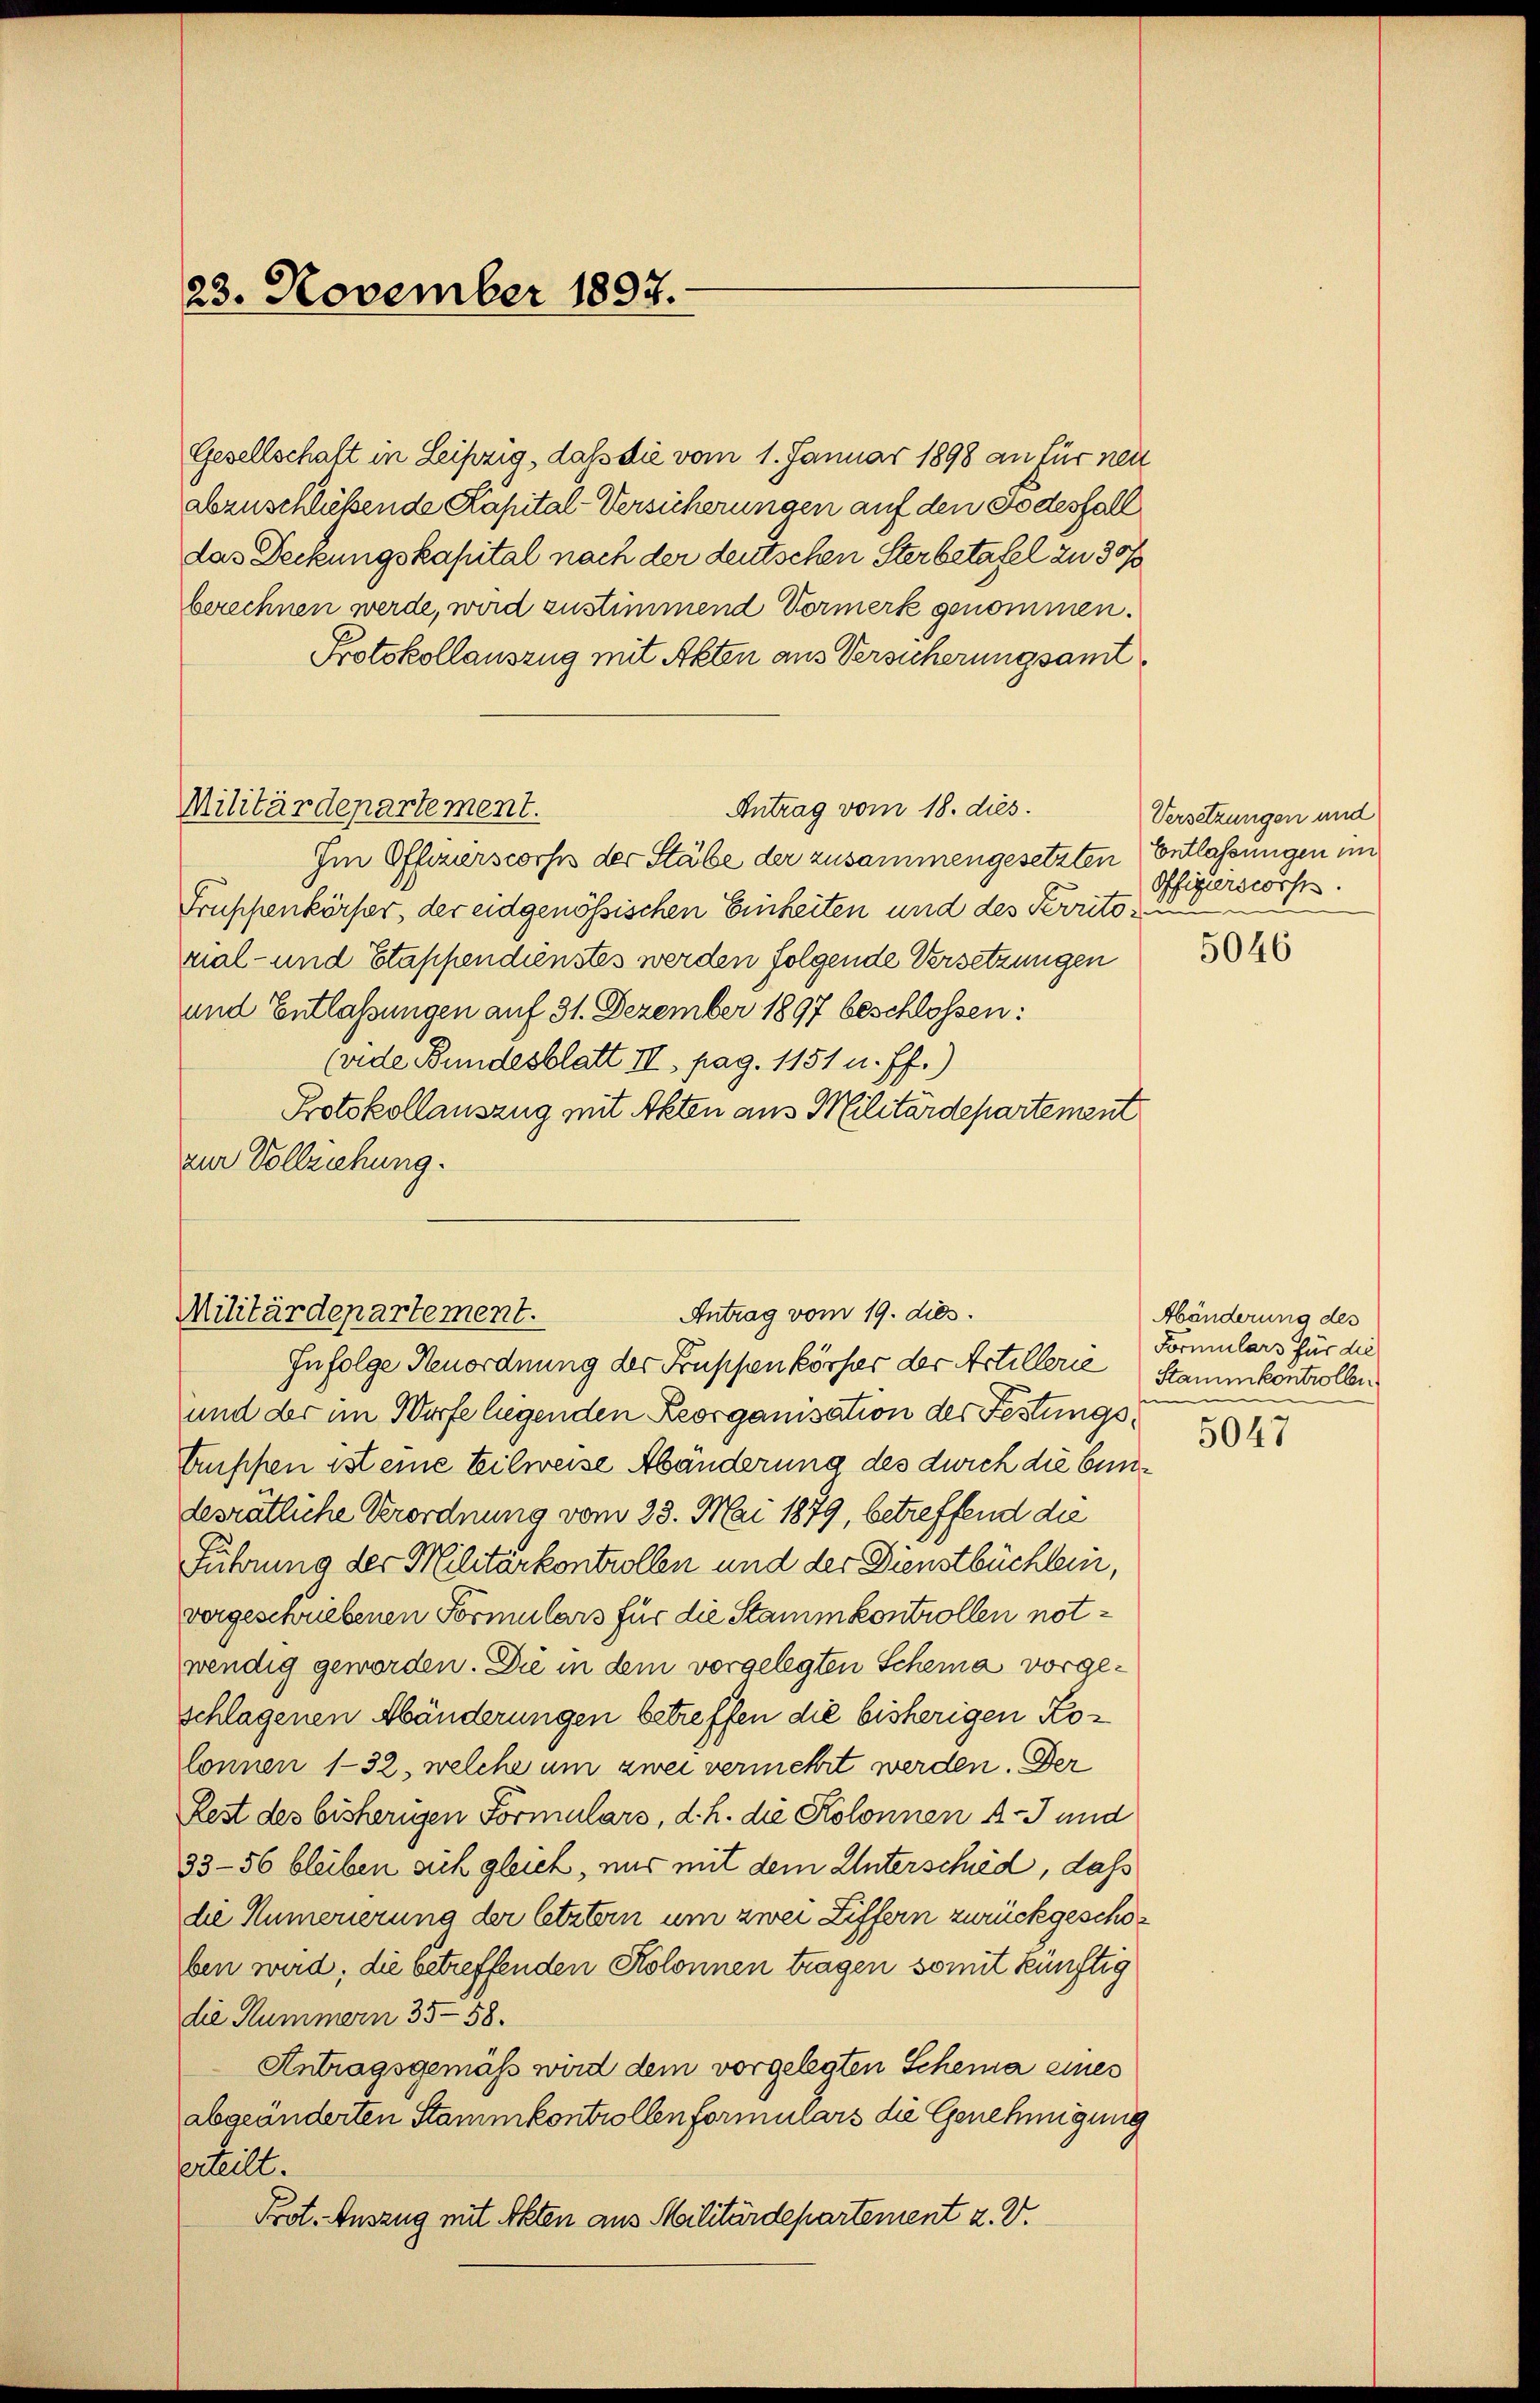
23. November 1897.

Gesellschaft in Leipzig, daß die vom 1. Januar 1898 an für neut
abzuschließende Kapital-Versicherungen auf den Todesfall
das Deckungskapital nach der deutschen Sterbetafel zu 30/
berechnen werde, wird zustimmend Vormerk genommen.
Protokollauszug mit Akten aus Versicherungsamt
Militärdepartement.
Antrag vom 18. dies
Im Offizierscorfes der Stäbe der zusammengesetzten Entlassungen im
Früschenkörper, der eidgenössischen Einheiten und des Territoval- und Etappendienstes werden folgende Versetzungen
und Entlassungen auf 31. Dezember 1897 beschlossen:
(rede Bundesblatt II, pag. 1151 u. ff.)
Protokollauszug mit Akten aus Militärdepartement
zur Vollziehung.

Antrag vom 19. dies.
Militärdepartement.
Infolge Renordnung der Fruppenkörper der Artillerie

und der im Würfe liegenden Reorganisation der Festungstruppen ist eine Eilweise Abänderung des durch die bundesrätliche Verordnung vom 23. Mai 1879, betreffend die
Führung der Militärkontrollen und der Dienstbüchlein,
vergeschriebenen Formulars für die Stammkontrollen notwendig geworden. Die in dem vorgelegten Schema vorgeschlagenen Abänderungen betreffen die bisherigen Kolonnen 132, welche um zwei vermehrt werden. Der
Rest des bisherigen Formulars, d. h. die Kolonnen A. J. und
33—56 bleiben sich gleich, nur mit dem Unterschied, daß
die Numerierung der letztern um zwei Ziffern zurückgeschoben wird, die betreffenden Kolonnen tragen somit künftig
die Summern 35-58.
Antragsgemäß wird dem vorgelegten Scheina eines
abgeänderten Stammkontrollenformulars die Genehmigung
srteilt.
Prot. Auszug mit Akten aus Militärdepartement z. B.

Versetzungen und
Offizierstortes.

5046

Abänderung des
Formulars für die
Stammkontrollen
5047